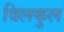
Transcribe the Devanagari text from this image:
विलकुल